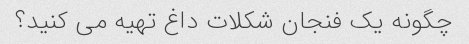
چگونه یک فنجان شکلات داغ تهیه می کنید؟